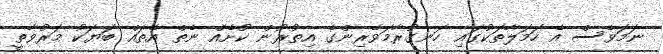
ނަމަވެސް އެ ހަމަލާތަކުގައި ހަނގުރާމަވެރިންގެ އިތުރުން ކުށެއް ނެތް އެތައް ބަޔަކު މަރުވާތީ